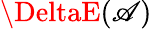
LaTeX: \DeltaE(\mathscr{A})